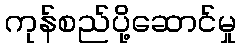
ကုန်စည်ပို့ဆောင်မှု